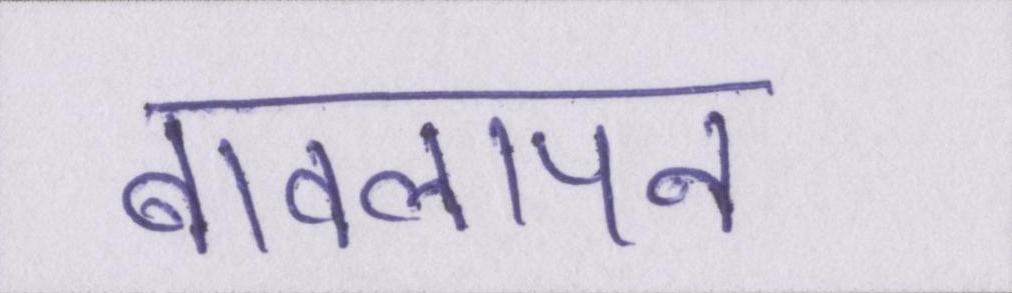
बावलापन